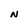
Character: N